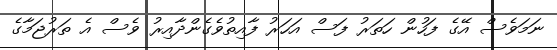
ނަމަވެސް އޭގެ ފަހުން ހަތަރު ފަސް އަހަރު ފާއިތުވެގެންދާއިރު ވެސް އެ ތަރުޖަމާގެ